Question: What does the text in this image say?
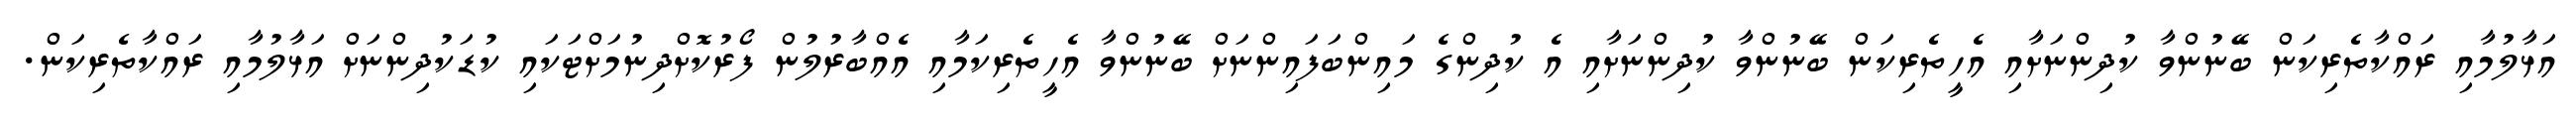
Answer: އަޅާލުމާއި ރައްކާތެރިކަން ބޭނުންވާ ކުދިންނަށާއި އެހީތެރިކަން ބޭނުންވާ ކުދިންނަށާއި އެ ކުދިންގެ މައިންބަފައިންނަށް ބޭނުންވާ އެހީތެރިކަމާއި އެއްބާރުލުން ފޯރުކޮށްދިނުމަށްޓަކައި ކުޑަކުދިންނަށް އަޅާލުމާއި ރައްކާތެރިކަން.